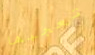
تعجبها